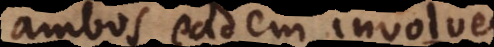
ambos eadem involver